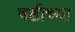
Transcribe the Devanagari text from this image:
षष्ठीच्या